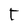
Character: t